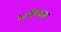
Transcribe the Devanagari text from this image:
पटविण्यास